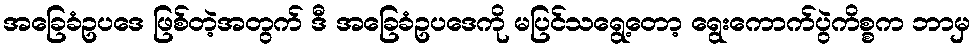
အခြေခံဥပဒေ ဖြစ်တဲ့အတွက် ဒီ အခြေခံဥပဒေကို မပြင်သရွေ့တော့ ရွေးကောက်ပွဲကိစ္စက ဘာမှ